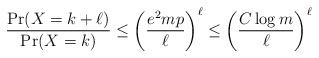
LaTeX: \begin{align*} \frac{\Pr(X = k + \ell)}{\Pr(X = k)} \le \left(\frac{e^2 mp}{\ell}\right)^\ell \le \left(\frac{C \log m}{\ell}\right)^\ell \end{align*}